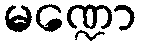
မဏ္ဍော